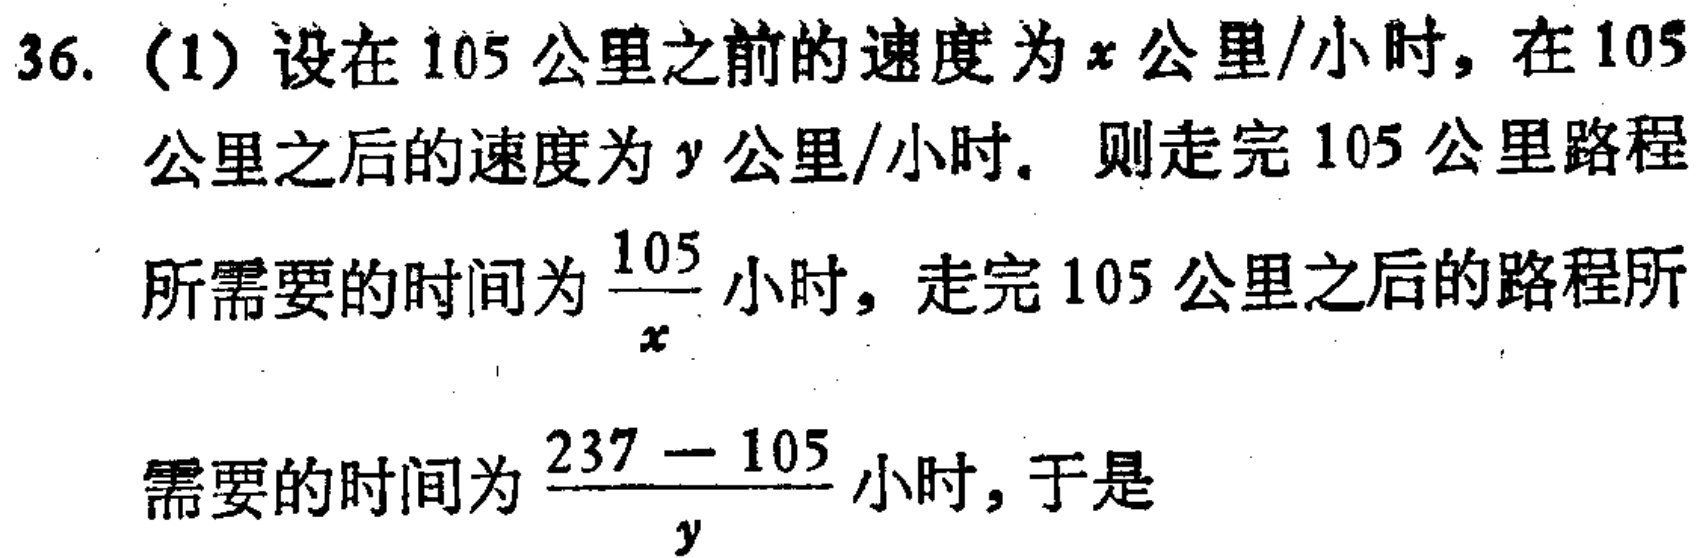
36. (1) 设在 105 公里之前的速度为 \(x\) 公里/小时，在 105 公里之后的速度为 \(y\) 公里/小时. 则走完 105 公里路程所需要的时间为 \(\frac{105}{x}\) 小时，走完 105 公里之后的路程所需要的时间为 \(\frac{237 - 105}{y}\) 小时，于是